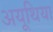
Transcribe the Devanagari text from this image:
अयूथिया